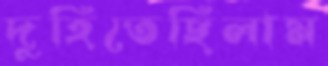
দুহিতেছিলাম